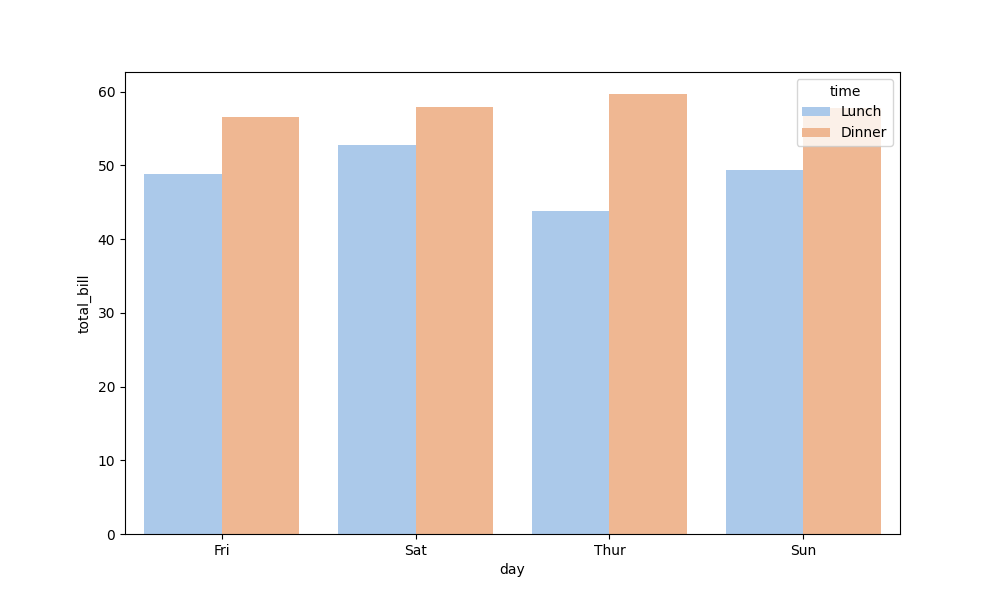
python, seaborn, barplot, hue='time', palette='pastel', ci=None, orient='v'